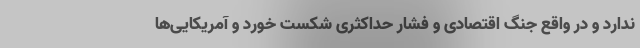
ندارد و در واقع جنگ اقتصادی و فشار حداکثری شکست خورد و آمریکایی‌ها